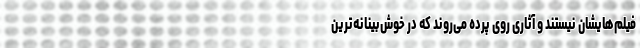
فیلم‌هایشان نیستند و آثاری روی پرده می‌روند که در خوش‌بینانه‌ترین